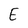
Character: E